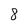
Character: 8